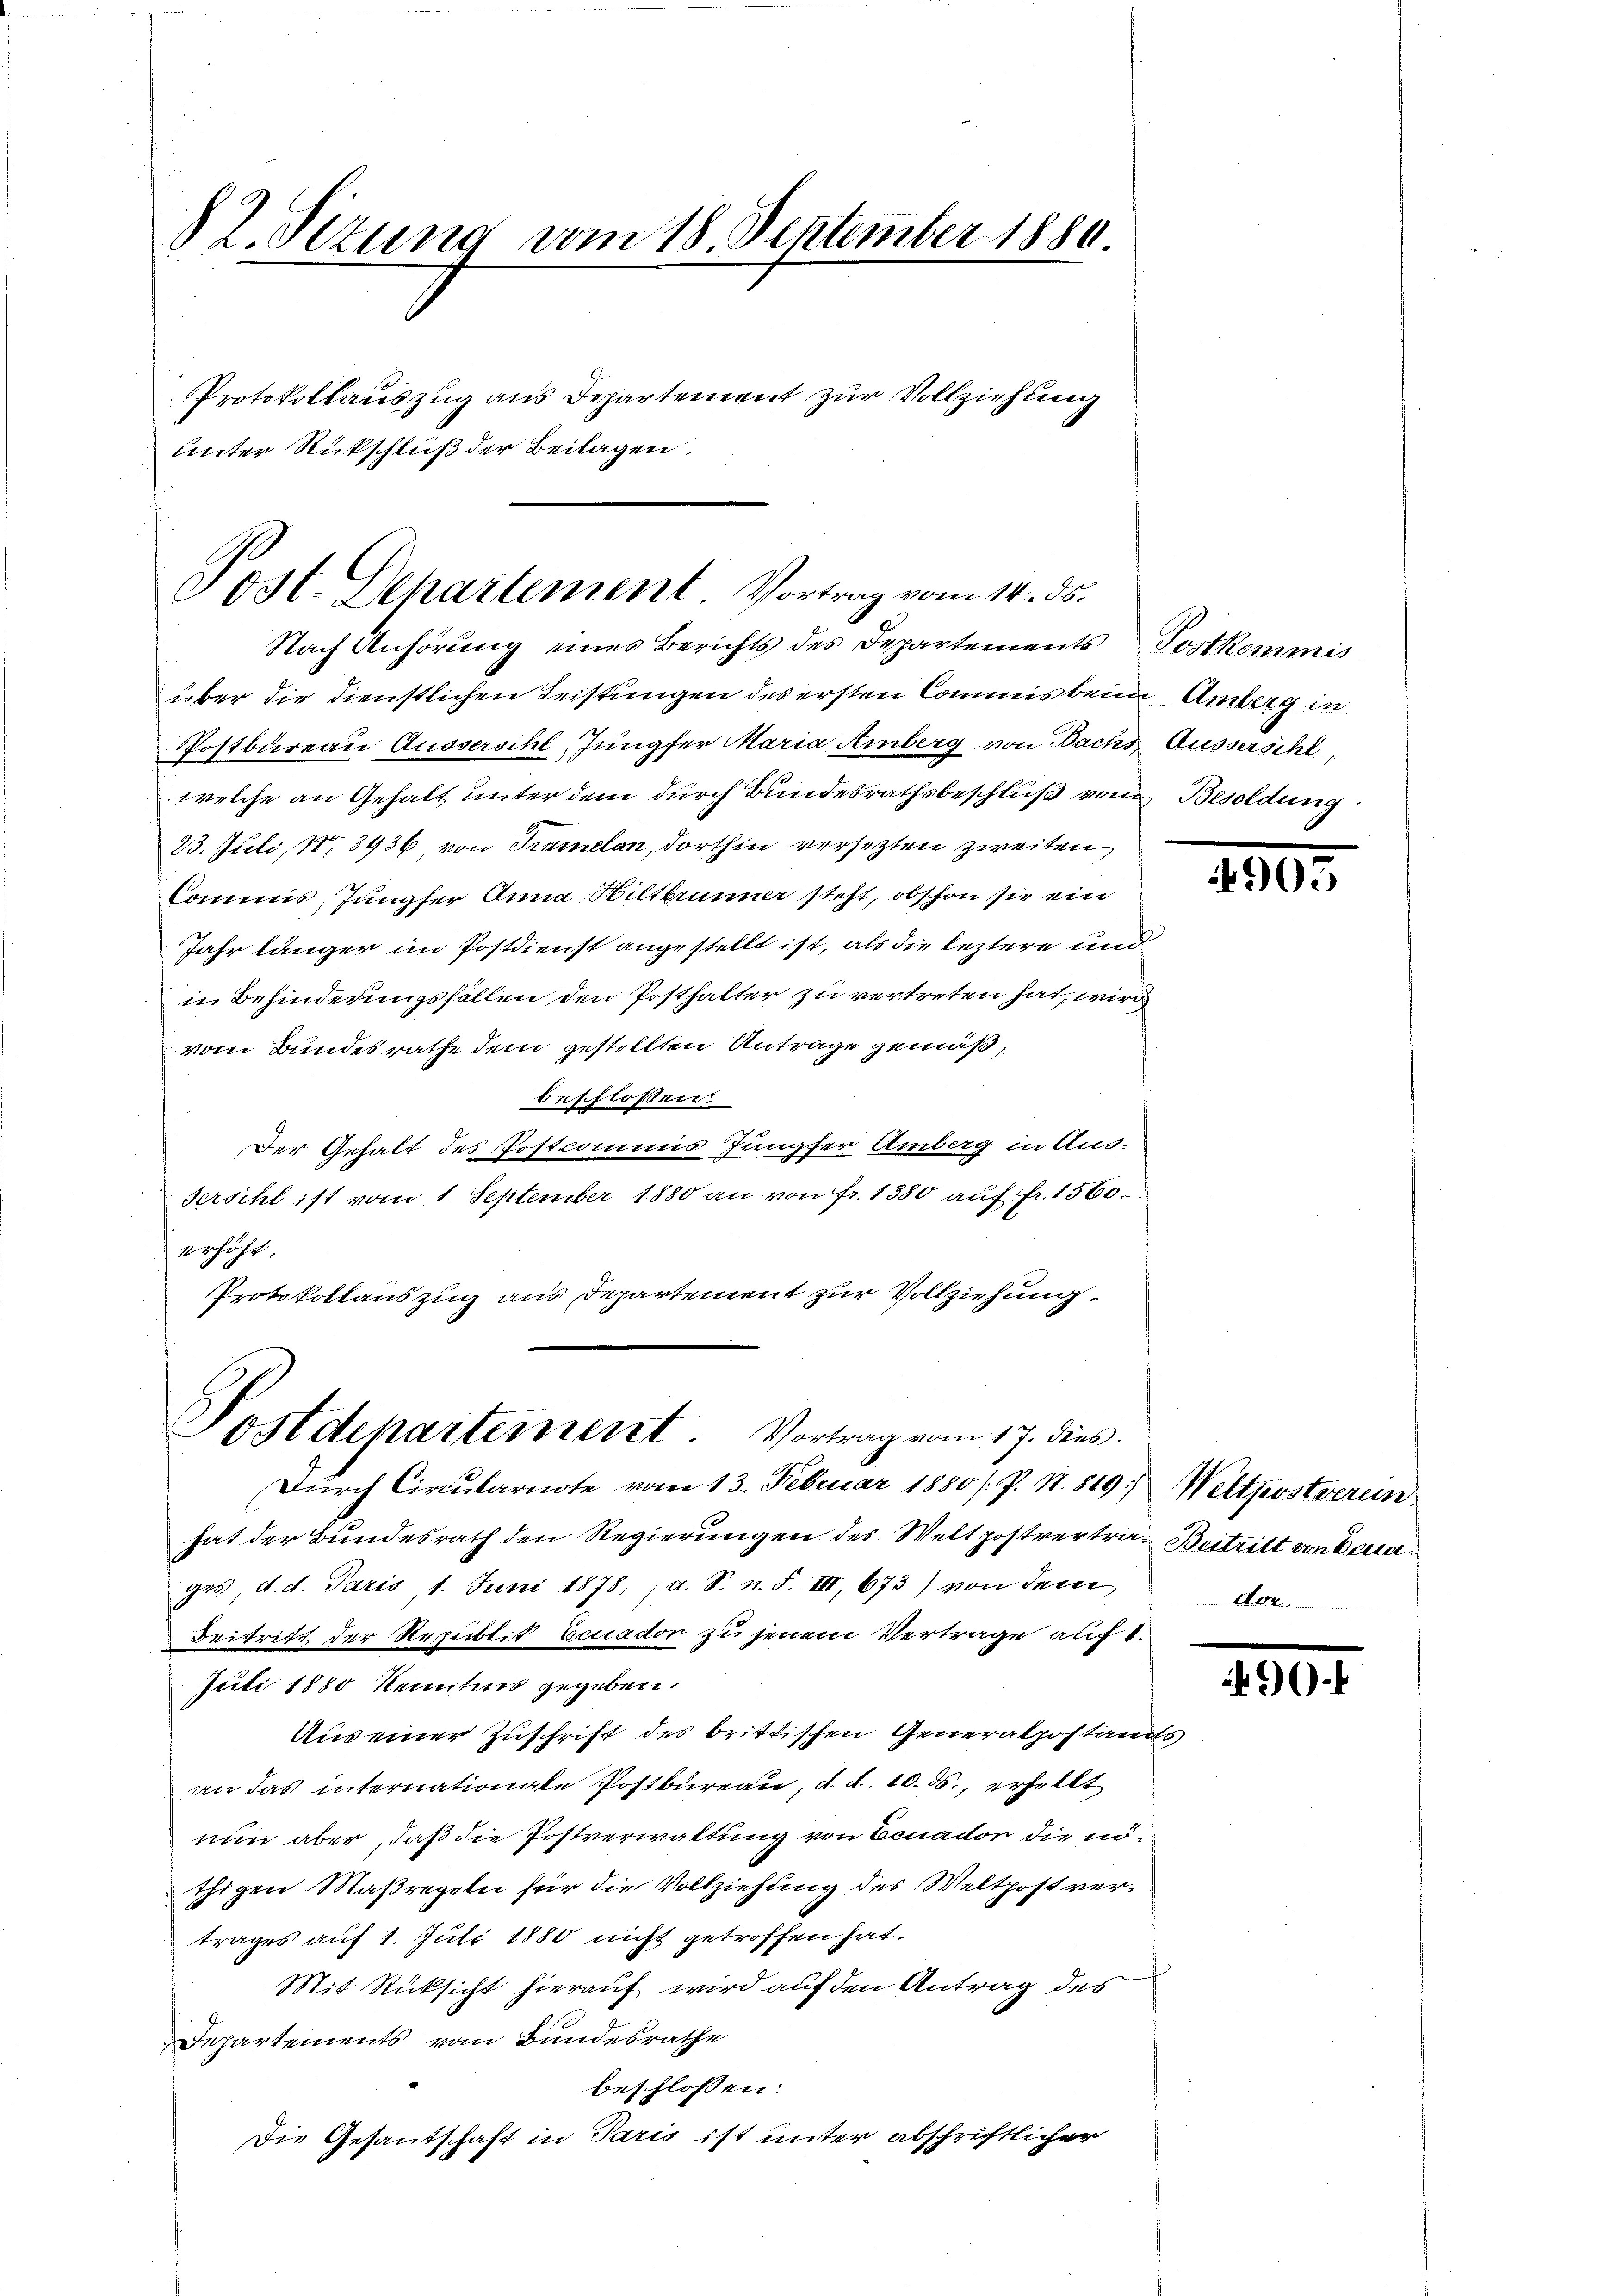
82. Sizung vom 18. September 1880
Protokollauszug aus Departement zur Vollziehung
unter Rückschluß der Beilagen.

Nach Anhörung eines Berichts des Departements Postkommis
über die dienstlichen Leistungen des ersten Commis beim Amberg in
Postbureau Aussersihl, Jungfer Maria Amberg von Bachs Ausserschl
welche an Gehalt unter dem durch Bundesrathsbeschluß vom Besoldung
23. Juli, Nr. 3936 von Tramelan, dorthin versetzten zweiten
Commis, Jungfer Anna Wiltbrunner steht, obschon sie ein
Jahr länger im Postdienst angestellt ist, als die leztere und
in Behinderungsfällen den Posthalter zu vertreten hat, wird
vom Bundesrathe dem gestellten Anträge gemäß,
beschlossen
Der Gehalt des Postcommis Jungfer Amberg in Aus-
Sersihl ist vom 1. September 1880 an von Fr. 1380 auf fr. 1560.
erhöht.
Protokollauszug aus Departement zur Vollziehung.

Post. Departement Vortrag vom 14. ds.

Postdepartement. Vortrag vom 17. dies

Dŭrch Circulariote vom 13. Februar 1880 / P. N. 819. Weltherstverein
hat der Bundesrath den Regierungen des Weltpostvertra- Beitritt von Decages, d. d. Paris 1. Juni 1878, (d. S. n. F. III, 673) von dem
Beitritt der Republik Ecuador zu jenem Vertrage auf 1.
Juli 1880 kenntnis gegeben.
Aus einer Zuschrift des brittischen Generalpostandts
an das internationale Postbureau, d. d. 10. ds., erhellt
nun aber, daß die Postverwaltung von Ecnador die nöthigen Maßregeln für die Vollziehung des Weltpost vertrages auf 1. Juli 1880 nicht getroffen hat.
f
Mit Rücksicht hierauf wird auf den Antrag des
Departements vom Bundesrathe
beschlossen:
Die Gesantschaft in Paris ist unter abschriftlicher

.

A

200